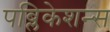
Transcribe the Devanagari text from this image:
पब्लिकेशन्‍स